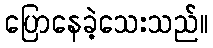
ပြောနေခဲ့သေးသည်။